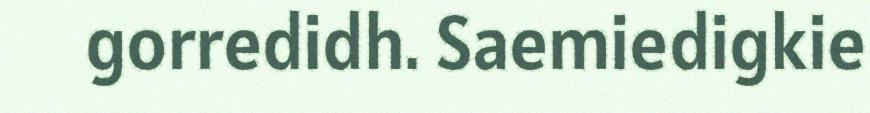
gorredidh. Saemiedigkie